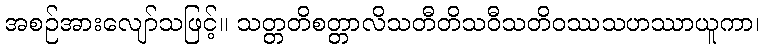
အစဉ်အားလျော်သဖြင့်။ သတ္တတိစတ္တာလိသတီတိသဝီသတိဝဿသဟဿာယူကာ၊